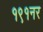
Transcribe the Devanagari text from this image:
१९१नर